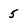
Character: 5